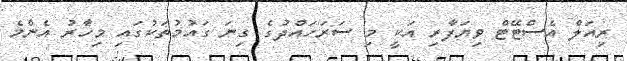
ރިއަލް އެސްޓޭޓް ވިޔަފާރި އަކީ މި ސަރަހައްދުގެ ގިނަ ގައުމުތަކުގައި މިހާރު އެންމެ